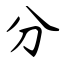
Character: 分